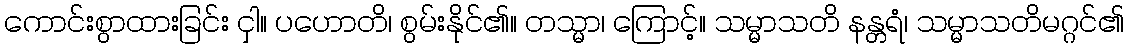
ကောင်းစွာထားခြင်း ငှါ။ ပဟောတိ၊ စွမ်းနိုင်၏။ တသ္မာ၊ ကြောင့်။ သမ္မာသတိ နန္တရံ၊ သမ္မာသတိမဂ္ဂင်၏